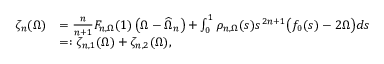
\begin{array} { r l } { \zeta _ { n } ( \Omega ) } & { = \frac { n } { n + 1 } F _ { n , \Omega } ( 1 ) \left( \Omega - \widehat \Omega _ { n } \right) + \int _ { 0 } ^ { 1 } \rho _ { n , \Omega } ( s ) s ^ { 2 n + 1 } \big ( f _ { 0 } ( s ) - 2 \Omega \big ) d s } \\ & { = : \zeta _ { n , 1 } ( \Omega ) + \zeta _ { n , 2 } ( \Omega ) , } \end{array}